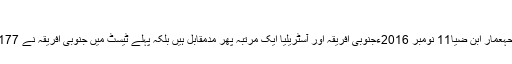
آج پاکستان کی پہلی فتح کا دن گریم اسمتھ
"نیلسن کا باپ"، ایک یادگار میچ کا نایاب لمحہعمار ابنِ ضیا11 نومبر 2016ءجنوبی افریقہ اور آسٹریلیا ایک مرتبہ پھر مدمقابل ہیں بلکہ پہلے ٹیسٹ میں جنوبی افریقہ نے 177 رنز کی واضح کامیابی بھی حاصل کی ہے۔